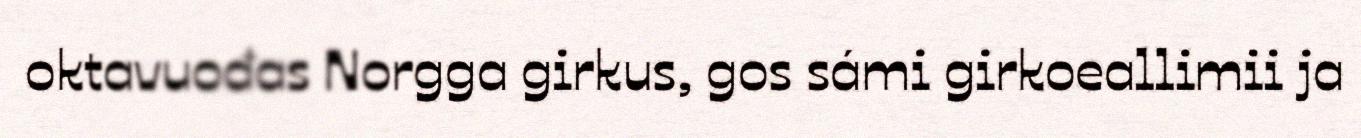
oktavuođas Norgga girkus, gos sámi girkoeallimii ja